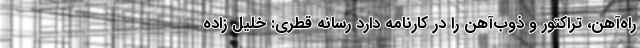
راه‌آهن، تراکتور و ذوب‌آهن را در کارنامه دارد رسانه قطری: خلیل زاده